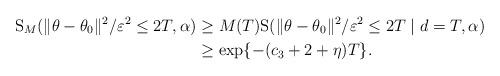
LaTeX: \begin{align*}\mathrm{S}_{M}( \|\theta-\theta_{0}\|^{2} / \varepsilon^{2} \leq 2T, \alpha)&\geq M(T)\mathrm{S}(\|\theta-\theta_{0}\|^{2} / \varepsilon^{2} \leq 2T \mid d= T, \alpha)\\&\geq \exp\{-(c_{3}+2+\eta )T\}.\end{align*}